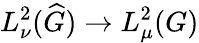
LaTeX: L_{\nu}^{2}({\widehat{G}})\to L_{\mu}^{2}(G)